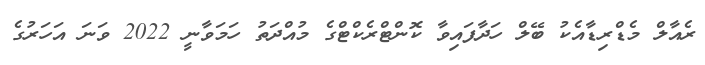
ރެއާލް މެޑްރިޑާއެކު ބޭލް ހަދާފައިވާ ކޮންޓްރެކްޓްގެ މުއްދަތު ހަމަވާނީ 2022 ވަނަ އަހަރުގެ